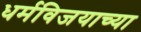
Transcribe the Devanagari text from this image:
धर्मविजयाच्या